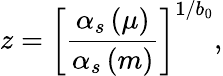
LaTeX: z=\left[{\frac{\alpha_{s}\left(\mu\right)}{\alpha_{s}\left(m\right)}}\right]^{1/b_{0}},